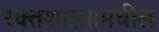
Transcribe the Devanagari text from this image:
रक्तशास्त्रामधील